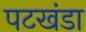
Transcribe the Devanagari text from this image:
पटखंडा